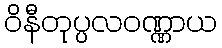
ဝိနီတုပ္ပလဝဏ္ဏာယ